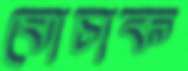
ঘোচাক